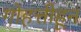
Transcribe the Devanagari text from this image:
गोहत्तीहून